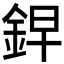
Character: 𮡲